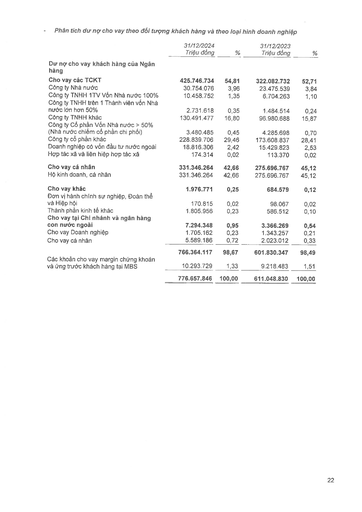
||31/12/2024 Triệu đồng|%|31/12/2023 Triệu đồng|%| |---|---|---|---|---| |Dư nợ cho vay khách hàng của Ngân hàng||||| |Cho vay các TCTK|425.746.734|54,81|322.082.732|52,71| |Công ty Nhà nước|30.754.076|3,96|23.475.539|3,84| |Công ty TNHH 1TV Vốn Nhà nước 100%|10.458.752|1,35|6.704.263|1,10| |Công ty TNHH trên 1 Thành viên vốn Nhà nước lớn hơn 50%|2.731.618|0,35|1.484.514|0,24| |Công ty TNHH khác|130.491.477|16,80|96.980.688|15,87| |Công ty Cổ phần Vốn Nhà nước > 50% (Nhà nước chiếm cổ phần chi phối)|3.480.485|0,45|4.285.698|0,70| |Công ty cổ phần khác|228.839.706|29,46|173.608.837|28,41| |Doanh nghiệp có vốn đầu tư nước ngoài|18.816.306|2,42|15.429.823|2,53| |Hợp tác xã và liên hiệp hợp tác xã|174.314|0,02|113.370|0,02| |Cho vay cá nhân|331.346.264|42,66|275.696.767|45,12| |Hộ kinh doanh, cá nhân|331.346.264|42,66|275.696.767|45,12| |Cho vay khác|1.976.771|0,25|684.579|0,12| |Đơn vị hành chính sự nghiệp, Đoàn thể và Hiệp hội|170.815|0,02|98.067|0,02| |Thành phần kinh tế khác|1.805.956|0,23|586.512|0,10| |Cho vay tại Chi nhánh và ngân hàng con nước ngoài|7.294.348|0,95|3.366.269|0,54| |Cho vay Doanh nghiệp|1.705.162|0,23|1.343.257|0,21| |Cho vay cá nhân|5.589.186|0,72|2.023.012|0,33| ||766.364.117|98,67|601.830.347|98,49| |Các khoản cho vay margin chứng khoán và ứng trước khách hàng tại MBS|10.293.729|1,33|9.218.483|1,51| ||776.657.846|100,00|611.048.830|100,00|